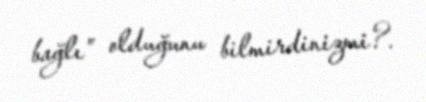
bağlı” olduğunu bilmirdinizmi?.